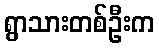
ရွာသားတစ်ဦးက